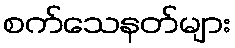
စက်သေနတ်များ